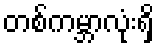
တစ်ကမ္ဘာလုံးရှိ